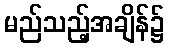
မည်သည့်အချိန်၌